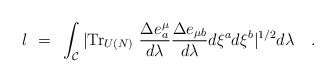
\begin{align*}l ~=~ \int_{\cal C} | {\rm Tr}_{U(N)} ~ {{ \Delta e^{\mu}_{ a}}\over{d \lambda}}{{ \Delta e_{\mu b} }\over{d \lambda}} d\xi^{a} d \xi^{b} |^{1/2} d \lambda \quad .\end{align*}